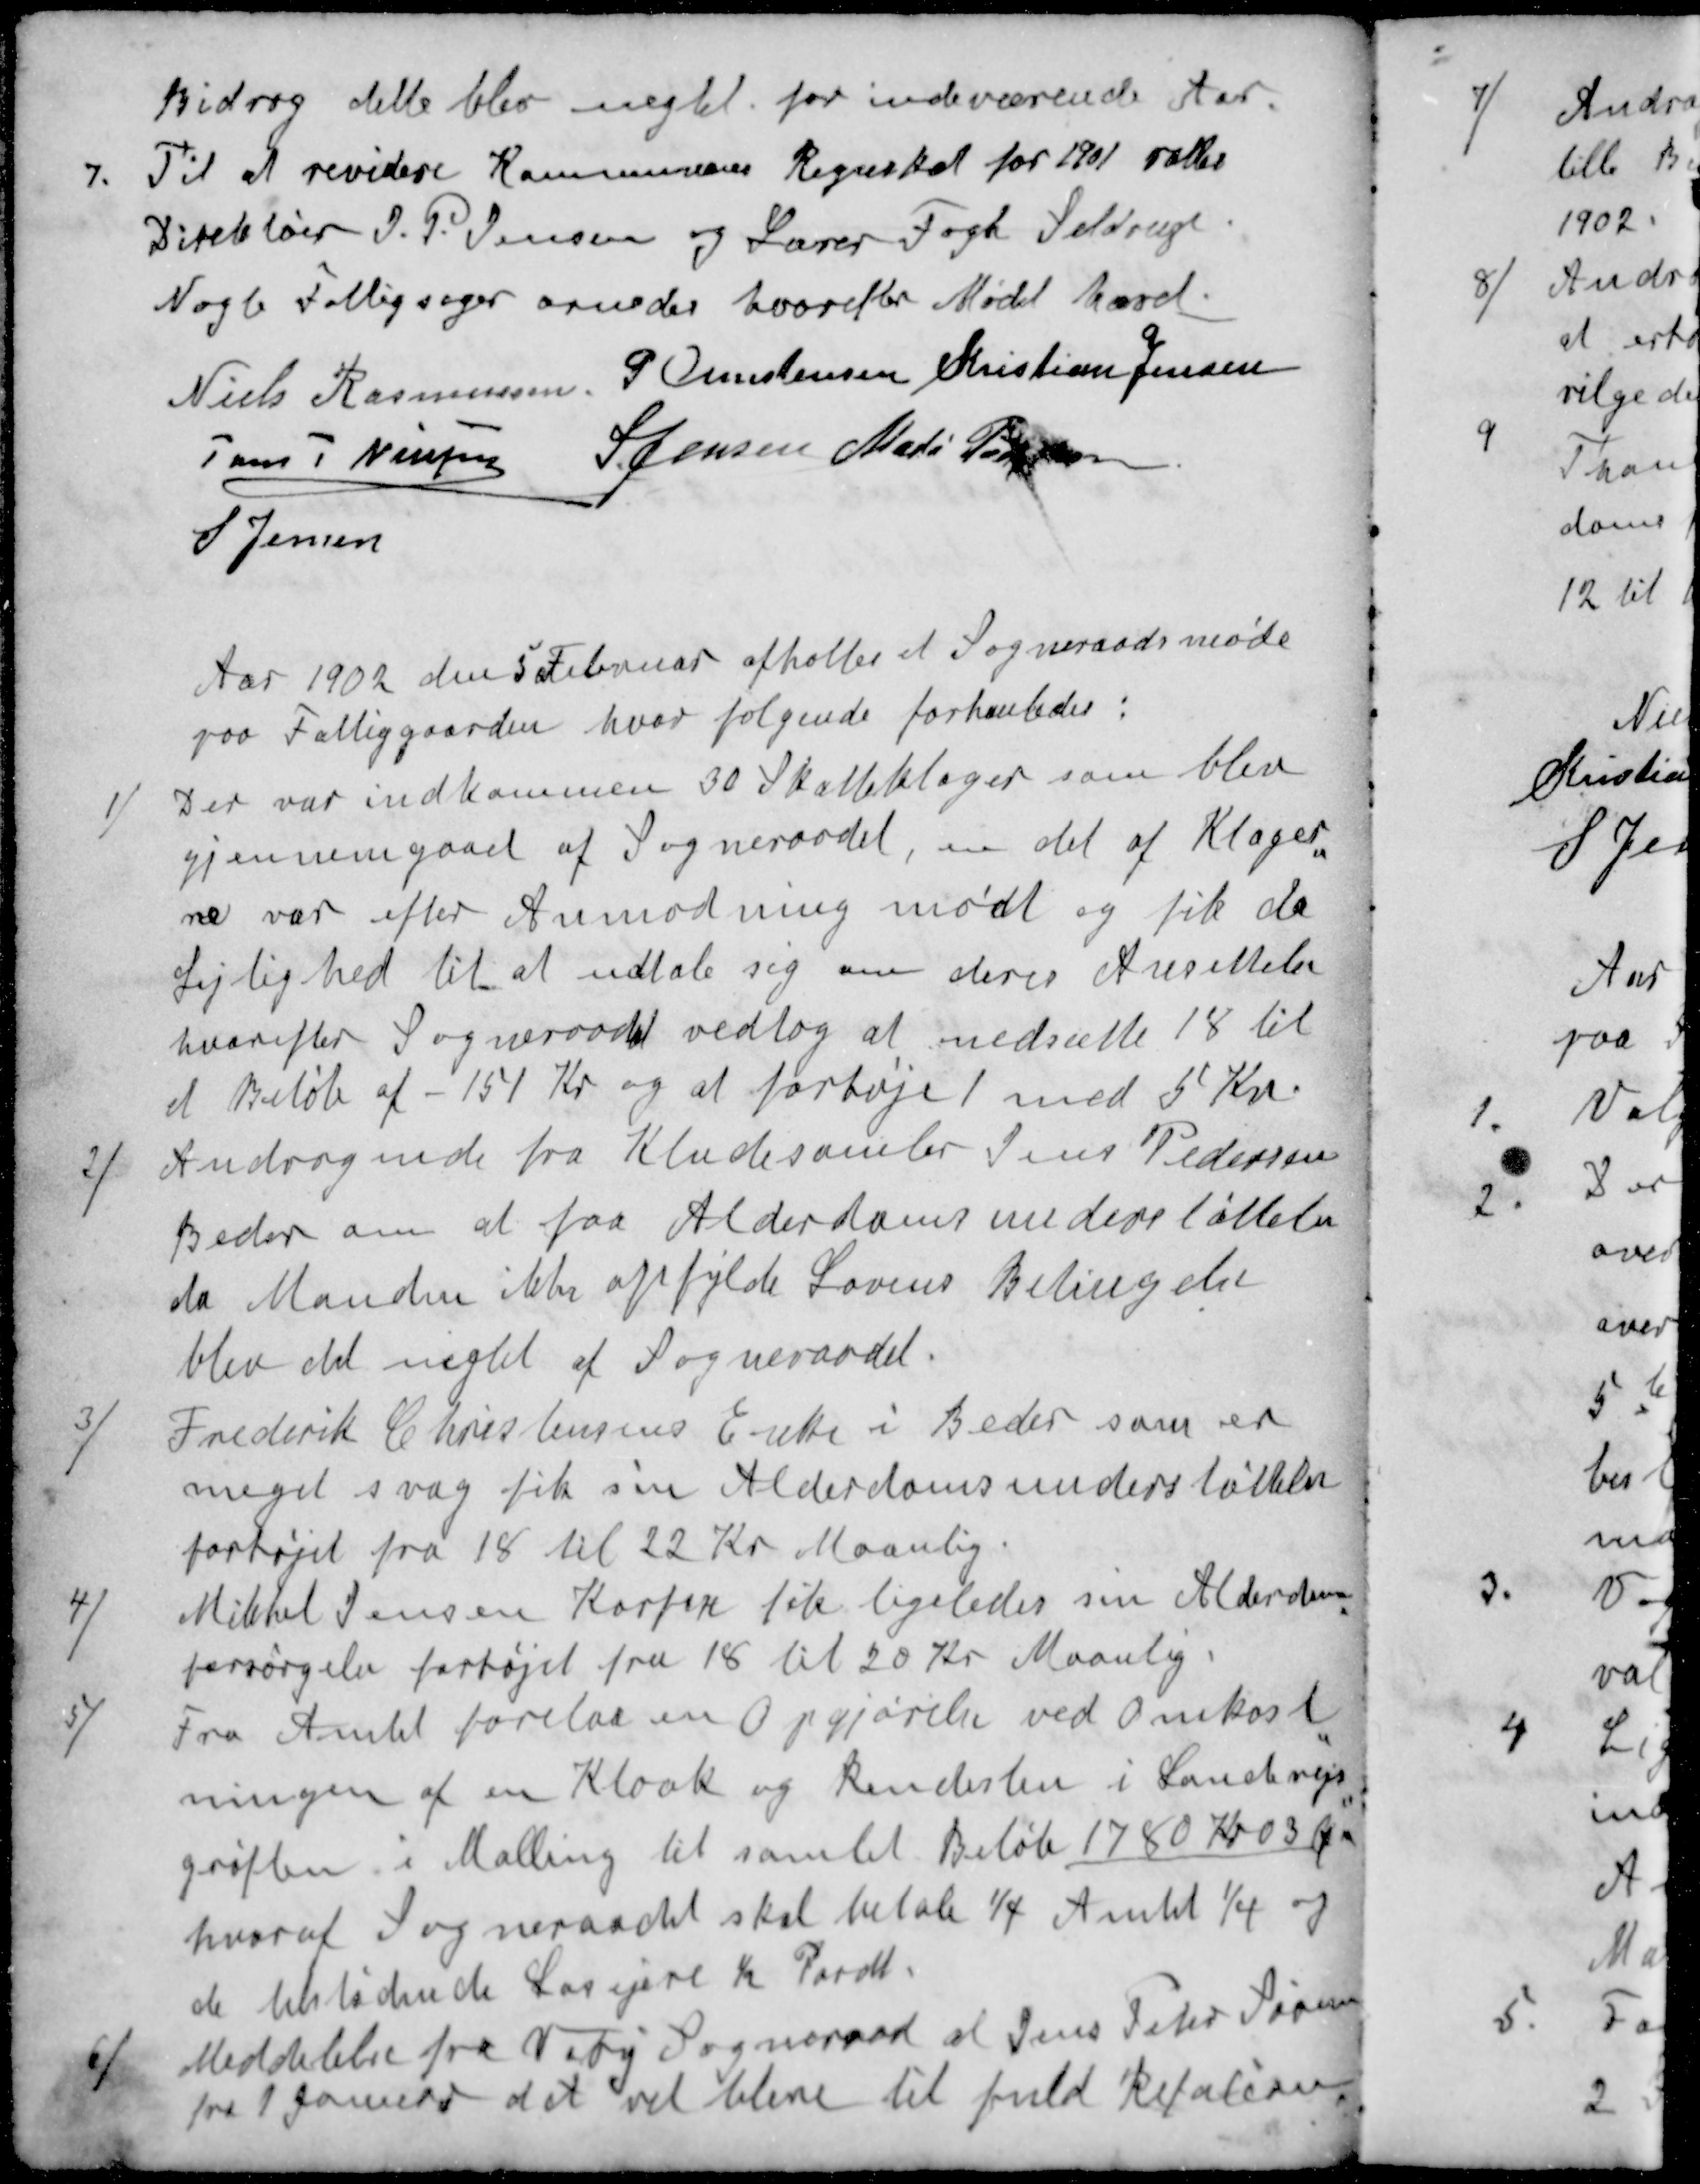
Transskription:
Bidrag dette blev negtet for indeværende Aar
7. Til at revidere Kommunens Regnskab for 1901 valtes
Direktør J. P. Jensen og Lærer Fogh Seldrup
Nogle Fattigsager ornedes hvorefter Mødet hævet.
Niels Rasmussen
P Christensen
Kristian Jensen
J P Nielsen
S Jensen
Mads Pedersen
S Jensen
Aar 1902 den 5 Februar afholtes et Sogneraadsmøde
paa Fattiggaarden, hvor følgende forhanledes:
1) Der var indkommen 30 Skatteklager som blev
gjennemgaaet af Sogneraadet, en del af Klager-
ne var efter Anmodning mødt og fik da
Lejlighed til at udtale sig om deres Ansettelse
hvorefter Sogneraadet vedtog at nedsætte 18 til
et Beløb af - 151 Kr og at forhøje 1 med 5 Kr.
2 / Andragende fra Kludesamler Jens Pedersen
Beder om at faa Alderdomsunderstøttelse
da Manden ikke opfylde Lovens Betingelse
blev det negtet af Sogneraadet.
3 / Frederik Christensens Enke i Beder som er
meget svag fik sin Alderdomsunderstøttelse
forhøjet fra 18 til 22 Kr Maanlig
4 / Mikkel Jensen Korfere til ligeledes sin Alderdom
forsørgelse forhøjet fra 18 til 20 Kr Maanlig.
5 / Fra Amtet forelaa en Opgjørelse ved Omkost-
ningen af en Kloak og Rendesten i Landevejs-
grøften i Malling til samlet Beløb 1780 Kr 03 Øre
hvoraf Sogneraadet skal betale 1/4 Amtet 1/4 og
de tilstødende Logejere ½ Pardt.
6 / Meddelelse fra Viby Sogneraad at Jens Peter Sørensen
fra 1 Januar d A vil blive til fuld Refution